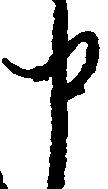
申